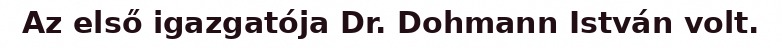
Az első igazgatója Dr. Dohmann István volt.